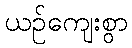
ယဉ်ကျေးစွာ